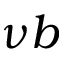
\nu b